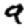
Digit: 9